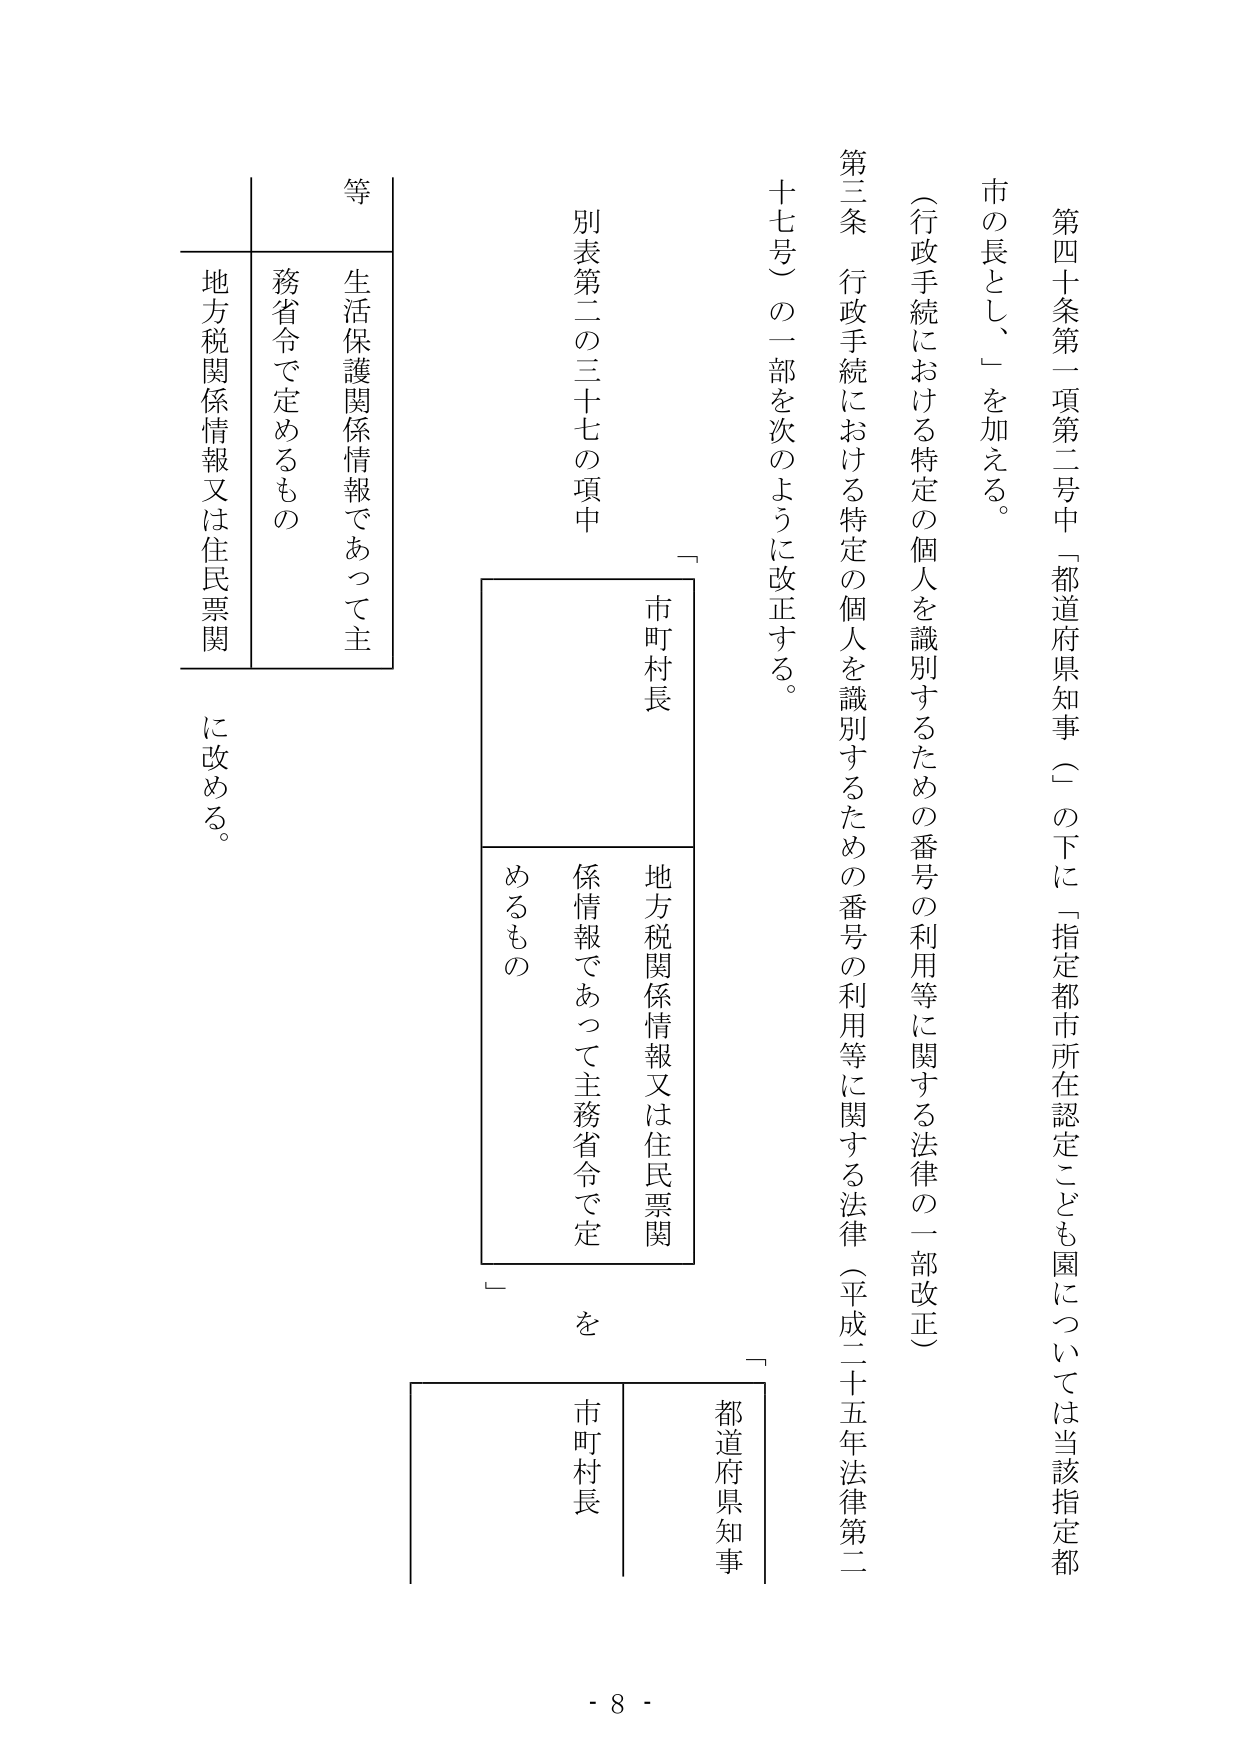
第四十条第一項第二号中「都道府県知事（」の下に「指定都市所在認定こども園については当該指定都市の長とし、」を加える。

第三条 行政手続における特定の個人を識別するための番号の利用等に関する法律（平成二十五年法律第二十七号）の一部を次のように改正する。

（行政手続における特定の個人を識別するための番号の利用等に関する法律の一部改正）

別表第二の三十七の項中

「
市町村長
地方税関係情報又は住民票関係情報であって主務省令で定めるもの
」

を

「
都道府県知事
市町村長
地方税関係情報又は住民票関係情報であって主務省令で定めるもの
」

に改める。

生活保護関係情報であって主務省令で定めるもの
等
地方税関係情報又は住民票関係情報であって主務省令で定めるもの

- 8 -